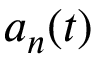
a _ { n } ( t )